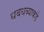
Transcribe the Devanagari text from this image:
धबधब्याकडे